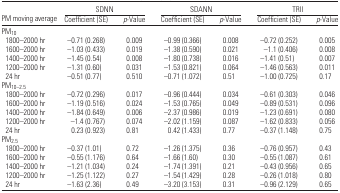
<table><thead><tr><td></td><td colspan="2"><b>SDNN</b></td><td colspan="2"><b>SDANN</b></td><td colspan="2"><b>TRII</b></td></tr><tr><td><b>PM moving average</b></td><td><b>Coefficient (SE)</b></td><td><b><i>p</i>-Value</b></td><td><b>Coefficient (SE)</b></td><td><b><i>p</i>-Value</b></td><td><b>Coefficient (SE)</b></td><td><b><i>p</i>-Value</b></td></tr></thead><tbody><tr><td colspan="7">PM<sub>10</sub></td></tr><tr><td> 1800–2000 hr</td><td>−0.71 (0.268)</td><td>0.009</td><td>−0.99 (0.366)</td><td>0.008</td><td>−0.72 (0.252)</td><td>0.005</td></tr><tr><td> 1600–2000 hr</td><td>−1.03 (0.433)</td><td>0.019</td><td>−1.38 (0.590)</td><td>0.021</td><td>−1.1 (0.406)</td><td>0.008</td></tr><tr><td> 1400–2000 hr</td><td>−1.45 (0.54)</td><td>0.008</td><td>−1.80 (0.738)</td><td>0.016</td><td>−1.41 (0.51)</td><td>0.007</td></tr><tr><td> 1200–2000 hr</td><td>−1.31 (0.60)</td><td>0.031</td><td>−1.53 (0.821)</td><td>0.064</td><td>−1.46 (0.563)</td><td>0.011</td></tr><tr><td> 24 hr</td><td>−0.51 (0.77)</td><td>0.510</td><td>−0.71 (1.072)</td><td>0.51</td><td>−1.00 (0.725)</td><td>0.17</td></tr><tr><td colspan="7">PM<sub>10–2.5</sub></td></tr><tr><td> 1800–2000 hr</td><td>−0.72 (0.296)</td><td>0.017</td><td>−0.96 (0.444)</td><td>0.034</td><td>−0.61 (0.303)</td><td>0.046</td></tr><tr><td> 1600–2000 hr</td><td>−1.19 (0.516)</td><td>0.024</td><td>−1.53 (0.765)</td><td>0.049</td><td>−0.89 (0.531)</td><td>0.096</td></tr><tr><td> 1400–2000 hr</td><td>−1.84 (0.649)</td><td>0.006</td><td>−2.37 (0.986)</td><td>0.019</td><td>−1.23 (0.691)</td><td>0.080</td></tr><tr><td> 1200–2000 hr</td><td>−1.4 (0.767)</td><td>0.074</td><td>−2.02 (1.159)</td><td>0.087</td><td>−1.62 (0.833)</td><td>0.056</td></tr><tr><td> 24 hr</td><td>0.23 (0.923)</td><td>0.81</td><td>0.42 (1.433)</td><td>0.77</td><td>−0.37 (1.148)</td><td>0.75</td></tr><tr><td colspan="7">PM<sub>2.5</sub></td></tr><tr><td> 1800–2000 hr</td><td>−0.37 (1.01)</td><td>0.72</td><td>−1.26 (1.375)</td><td>0.36</td><td>−0.76 (0.957)</td><td>0.43</td></tr><tr><td> 1600–2000 hr</td><td>−0.55 (1.176)</td><td>0.64</td><td>−1.66 (1.60)</td><td>0.30</td><td>−0.55 (1.087)</td><td>0.61</td></tr><tr><td> 1400–2000 hr</td><td>−1.21 (1.034)</td><td>0.24</td><td>−1.74 (1.391)</td><td>0.21</td><td>−0.43 (0.956)</td><td>0.65</td></tr><tr><td> 1200–2000 hr</td><td>−1.25 (1.122)</td><td>0.27</td><td>−1.54 (1.429)</td><td>0.28</td><td>−0.26 (1.018)</td><td>0.80</td></tr><tr><td> 24 hr</td><td>−1.63 (2.36)</td><td>0.49</td><td>−3.20 (3.153)</td><td>0.31</td><td>−0.96 (2.129)</td><td>0.65</td></tr></tbody></table>